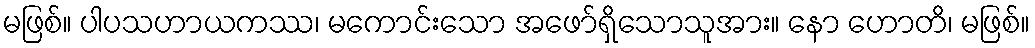
မဖြစ်။ ပါပသဟာယကဿ၊ မကောင်းသော အဖော်ရှိသောသူအား။ နော ဟောတိ၊ မဖြစ်။